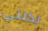
لكنني